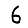
Digit: 6